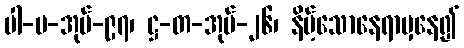
ပါ-ပ-အုပ်-၉၇၊ ဋ္ဌ-တ-အုပ်-၂၆၊ နိမ့်သောနေရာမှနေ၍